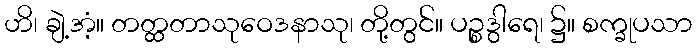
ဟိ၊ ချဲ့အံ့။ တတ္ထတာသုဝေဒနာသု၊ တို့တွင်။ ပဉ္စဒွါရေ၊ ၌။ စက္ခုပသာ